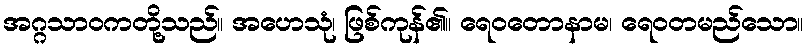
အဂ္ဂသာဝကတို့သည်။ အဟေသုံ၊ ဖြစ်ကုန်၏။ ရေဝတောနာမ၊ ရေဝတမည်သော။